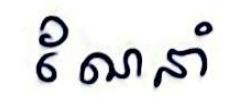
ណែនាំ